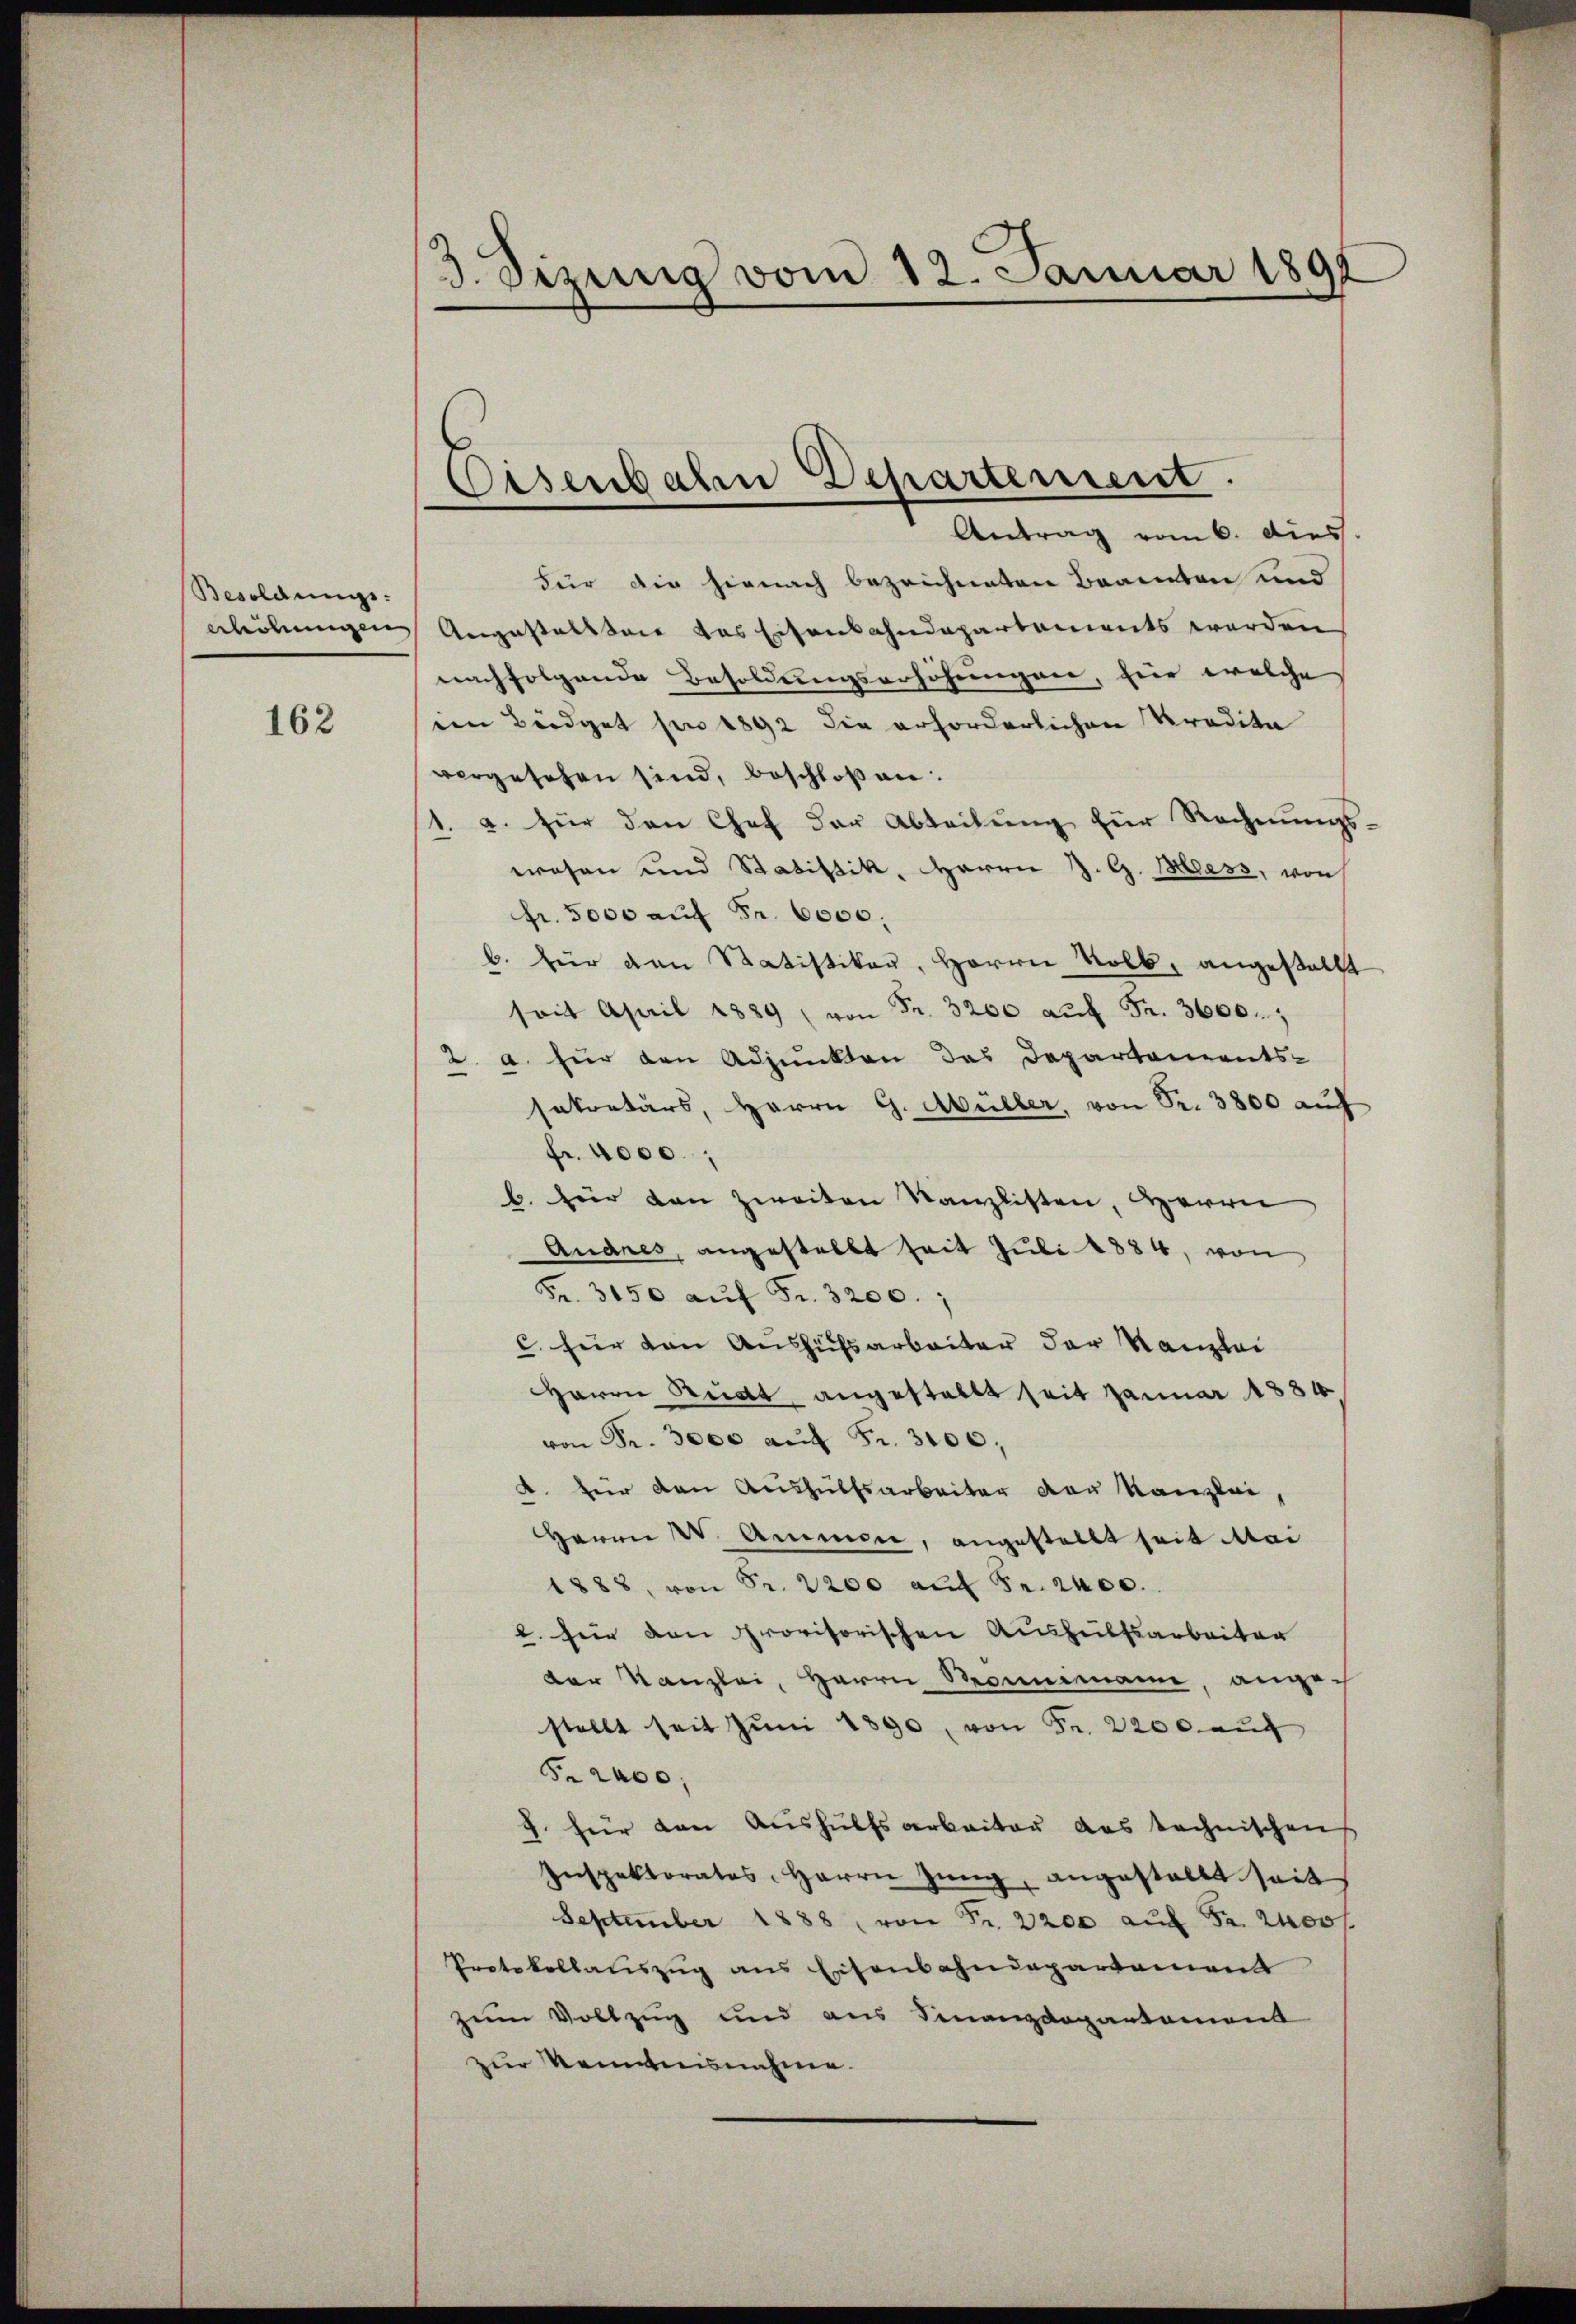
Besoldungs-
erhöhungen

162

3. Dizung vom 12. Januar 1891

Osenbahn Departement.
Antrag vom 6. dies

Für die hienach bezeichneten Brannten und
Angestallseit das Eisenbahndepartements werden
nachfolgende Besoldungserhöhungen, für welche
een Büdget per 1892 die erforderlichen Kredita
vergesehen sind, beschloßen:
1. a. für den Chef der Abteilung für Rechnungswesen und Statistik, Herrn J. G. Mess, von
fr. 5000 auf Fr. 6000.
b. für den Ratistiker, Herren Volk, angestellt
seit April 1889 von Fr. 3200 auf Fr. 3600.
2. a. für den Adjunkten das Departements-
sekretärs, Herrn G. Müller, von Fr. 3800 auf
fr. 4000.,
b. für den zweiten Kanzlisten, Herrn
Andres, angestellt seit Juli 1884, von
Fr. 3150 auf Fr. 3200.
c für den Aushüfsarbeiter der Kanzlei
Herrn Rückt, angestellt seit Januar 1884
von Fr. 3000 auf Fr. 3100.
. für den Aushülfsarbeiter der Kanzlei,
Heren W. Ammen, angestellt seit Mai
1888, von Sr. 2200 auf Fr. 2400.
. für den provisorischen Aushülfsarbeiten
der Kanzlei, Herrn Mannemann, angestellt seit Jŭni 1890 von Fr. 2200 aŭf
Fr. 2400.
J. für den Aushülfsarbeiter das technischen
Inspektoratos, Herrn Zŭng, angestellt seit
September 1888 von Fr. 2200 auf Fr. 2400 f
Protokollauszug aus Eisenbahndepartament
zum Vollzug und aus Finanzdepartement
zur Kenntnisnahme.